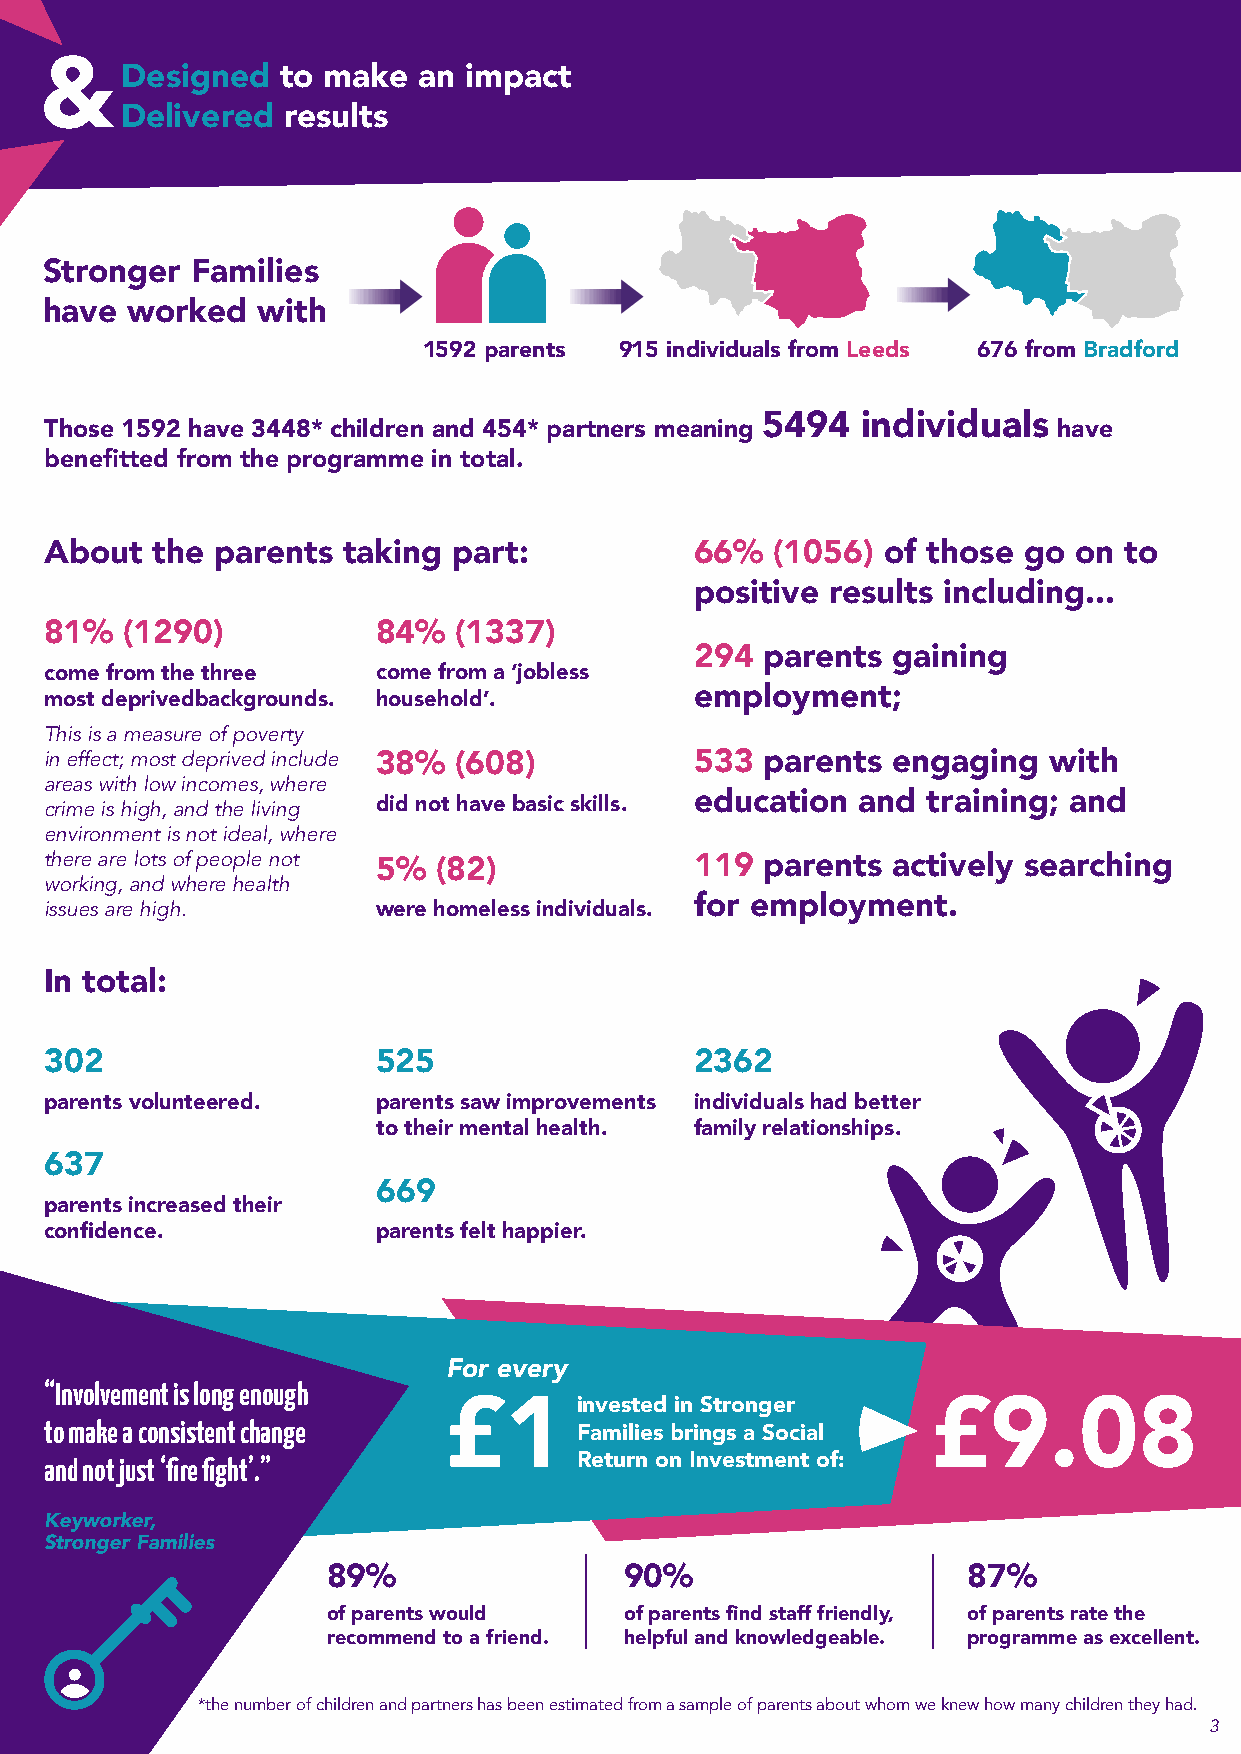
Designed   to make  an impact
 Delivered  results
 Stronger  Families
 have worked   with
 1592 parents 915 individuals from Leeds 676 from Bradford
 5494   individuals
 Those 1592 have 3448* children and 454* partners meaning           have
 benefitted from the programme in total.
 About  the parents  taking part:           66%  (1056) of those  go on to
 positive results including...
 81%  (1290)           84%  (1337)
 294  parents gaining
 come from the three   come from a ‘jobless
 most deprivedbackgrounds. household’.      employment;
 This is a measure of poverty
 in effect; most deprived include 38% (608) 533  parents engaging  with
 areas with low incomes, where
 crime is high, and the living did not have basic skills. education and training; and
 environment is not ideal, where
 there are lots of people not
 5%  (82)             119  parents actively searching
 working, and where health
 issues are high.      were homeless individuals. for employment.
 In total:
 302                   525                  2362
 parents volunteered.  parents saw improvements individuals had better
 to their mental health. family relationships.
 6 37
 6 69
 parents increased their
 confidence.           parents felt happier.
 For every
 “Involvement is long enough
 invested in Stronger
 £1                               £9.08
 to make a consistent change
 Families brings a Social
 and not just ‘fire fight’.”        Return on Investment of:
 Keyworker,
 Stronger Families
 89%                90%                    87%
 of parents would   of parents find staff friendly, of parents rate the
 recommend to a friend. helpful and knowledgeable. programme as excellent.
 *the number of children and partners has been estimated from a sample of parents about whom we knew how many children they had.
 3